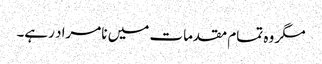
مگر وہ تمام مقدمات میں نامراد رہے۔